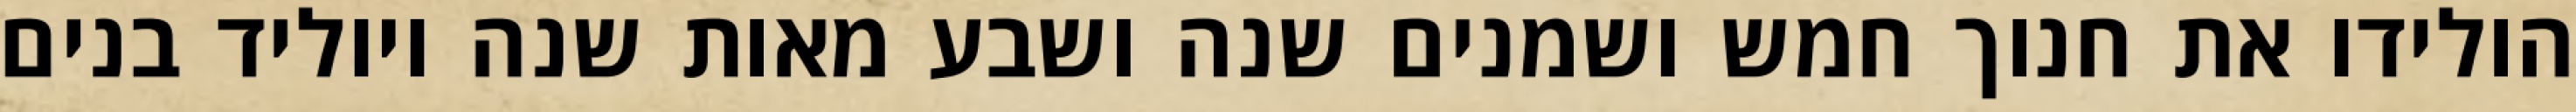
הולידו את חנוך חמש ושמנים שנה ושבע מאות שנה ויוליד בנים